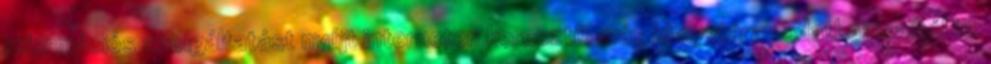
információs szolgáltatást nyújt interneten keresztül más könyvtárak adatbázisaiból is.